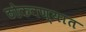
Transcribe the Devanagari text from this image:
ठोकवण्यात